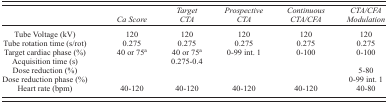
<table><thead><tr><td></td><td><b><i>Ca Score</i></b></td><td><b><i>Target CTA</i></b></td><td><b><i>Prospective CTA</i></b></td><td><b><i>Continuous CTA/CFA</i></b></td><td><b><i>CTA/CFA Modulation</i></b></td></tr></thead><tbody><tr><td>Tube Voltage (kV)</td><td>120</td><td>120</td><td>120</td><td>120</td><td>120</td></tr><tr><td>Tube rotation time (s/rot)</td><td>0.275</td><td>0.275</td><td>0.275</td><td>0.275</td><td>0.275</td></tr><tr><td>Target cardiac phase (%)</td><td>40 or 75<sup>a</sup></td><td>40 or 75<sup>a</sup></td><td>0–99 int. 1</td><td>0–100</td><td>0–100</td></tr><tr><td>Acquisition time (s)</td><td></td><td>0.275–0.4</td><td></td><td></td><td></td></tr><tr><td>Dose reduction (%)</td><td></td><td></td><td></td><td></td><td>5–80</td></tr><tr><td>Dose reduction phase (%)</td><td></td><td></td><td></td><td></td><td>0–99 int. 1</td></tr><tr><td>Heart rate (bpm)</td><td>40–120</td><td>40–120</td><td>40–120</td><td>40–120</td><td>40–80</td></tr></tbody></table>